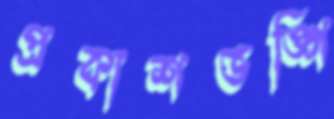
প্রকাশভঙ্গি